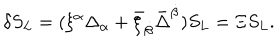
\delta S _ { L } = ( \xi ^ { \alpha } \Delta _ { \alpha } + \bar { \xi } _ { \dot { \beta } } \bar { \Delta } ^ { \dot { \beta } } ) S _ { L } = \Xi S _ { L } .